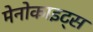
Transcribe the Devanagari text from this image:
मेनोकाइट्स